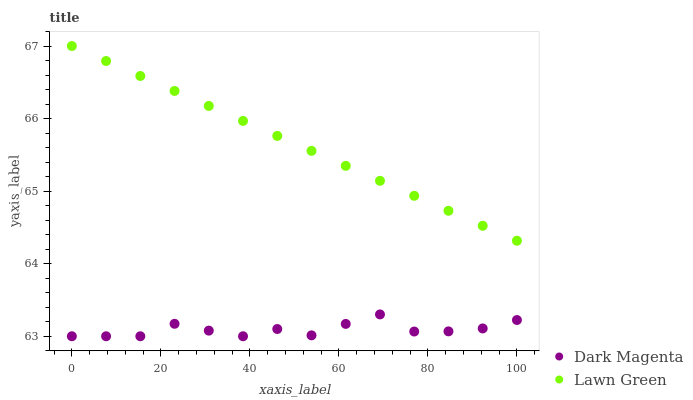
| xaxis_label | Dark Magenta | Lawn Green |
 | --- | --- | --- |
 | 0 | 63 | 67 |
 | 7.69 | 63 | 66.8 |
 | 15.4 | 63 | 66.6 |
 | 23.1 | 63.2 | 66.4 |
 | 30.8 | 63.1 | 66.2 |
 | 38.5 | 63 | 66 |
 | 46.2 | 63.1 | 65.8 |
 | 53.8 | 63 | 65.6 |
 | 61.5 | 63.2 | 65.3 |
 | 69.2 | 63.3 | 65.1 |
 | 76.9 | 63.1 | 64.9 |
 | 84.6 | 63.1 | 64.7 |
 | 92.3 | 63.1 | 64.5 |
 | 100 | 63.2 | 64.3 |